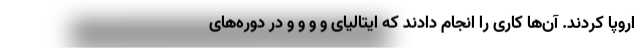
اروپا کردند. آن‌ها کاری را انجام دادند که ایتالیای و و و و در دوره‌های